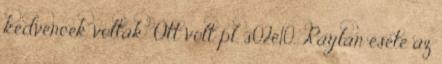
kedvencek voltak: Ott volt pl. s02e10, Raylan esete az